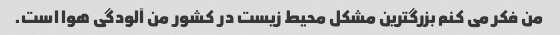
من فکر می کنم بزرگترین مشکل محیط زیست در کشور من آلودگی هوا است.